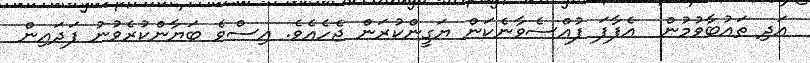
އަދި ތައުބާވުމުން  އެފާފަ ފުއްސެވާނެކަން ޔަގީންކުރަން ޖެހެއެވެ. އިސްވެ ބަޔާންކުރެވުނު ފަދައިން